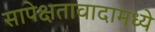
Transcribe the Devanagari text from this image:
सापेक्षतावादामध्ये